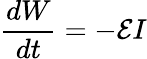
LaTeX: {\frac{dW}{dt}}=-{\mathcal{E}}I